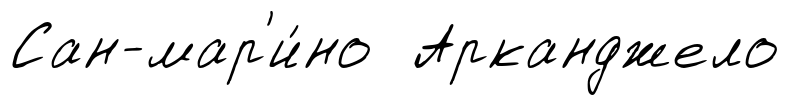
Сан-мар'и́но Арканджело